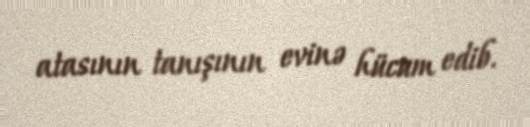
atasının tanışının evinə hücum edib.